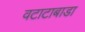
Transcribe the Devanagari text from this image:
वटाटाबाडा